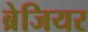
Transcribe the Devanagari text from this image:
ब्रेजियर